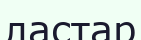
ластар